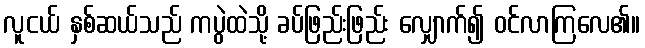
လူငယ် နှစ်ဆယ်သည် ကပွဲထဲသို့ ခပ်ဖြည်းဖြည်း လျှောက်၍ ဝင်လာကြလေ၏။